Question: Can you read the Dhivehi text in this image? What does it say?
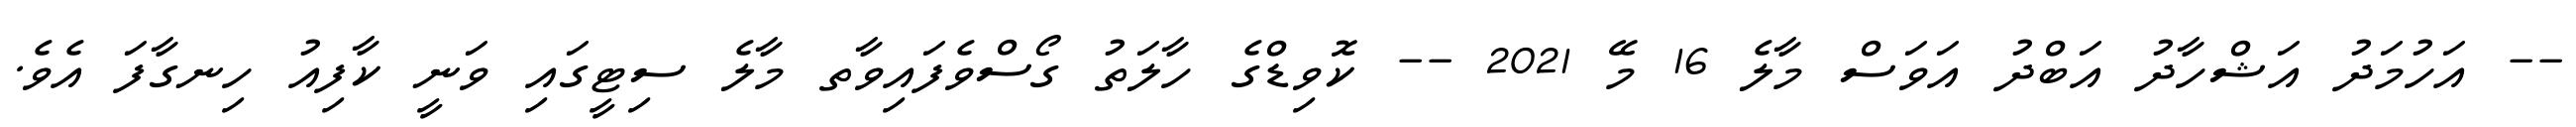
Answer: -- އަހުމަދު އަޝްހާދު އަބްދު އަވަސް މާލެ 16 މޭ 2021 -- ކޮވިޑްގެ ހާލަތު ގޯސްވެފައިވާތ މާލެ ސިޓީގައި ވަނީ ކާފިއު ހިނގާފަ އެވެ.